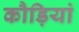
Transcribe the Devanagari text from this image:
कौड़ियां